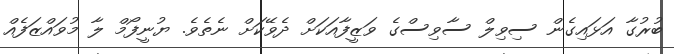
ބުރުގާ އަޅައިގެން ސިވިލް ސާވިސްގެ ވަޒީފާއަކަށް ދެވޭކަށް ނެތެވެ. ޔުނީފޯމް ލާ މުވައްޒަފެއް